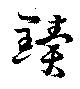
黷